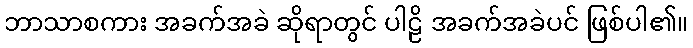
ဘာသာစကား အခက်အခဲ ဆိုရာတွင် ပါဠိ အခက်အခဲပင် ဖြစ်ပါ၏။